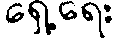
ရှေ့ရေး